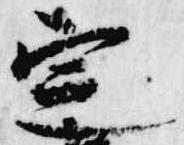
定